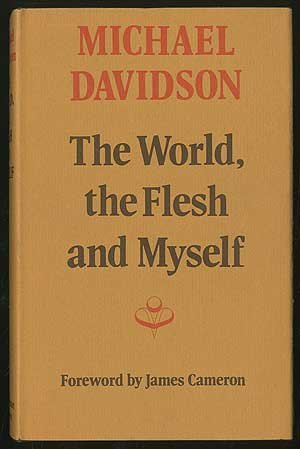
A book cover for The world, the flesh and myself; Michael Davidson; Gay & Lesbian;